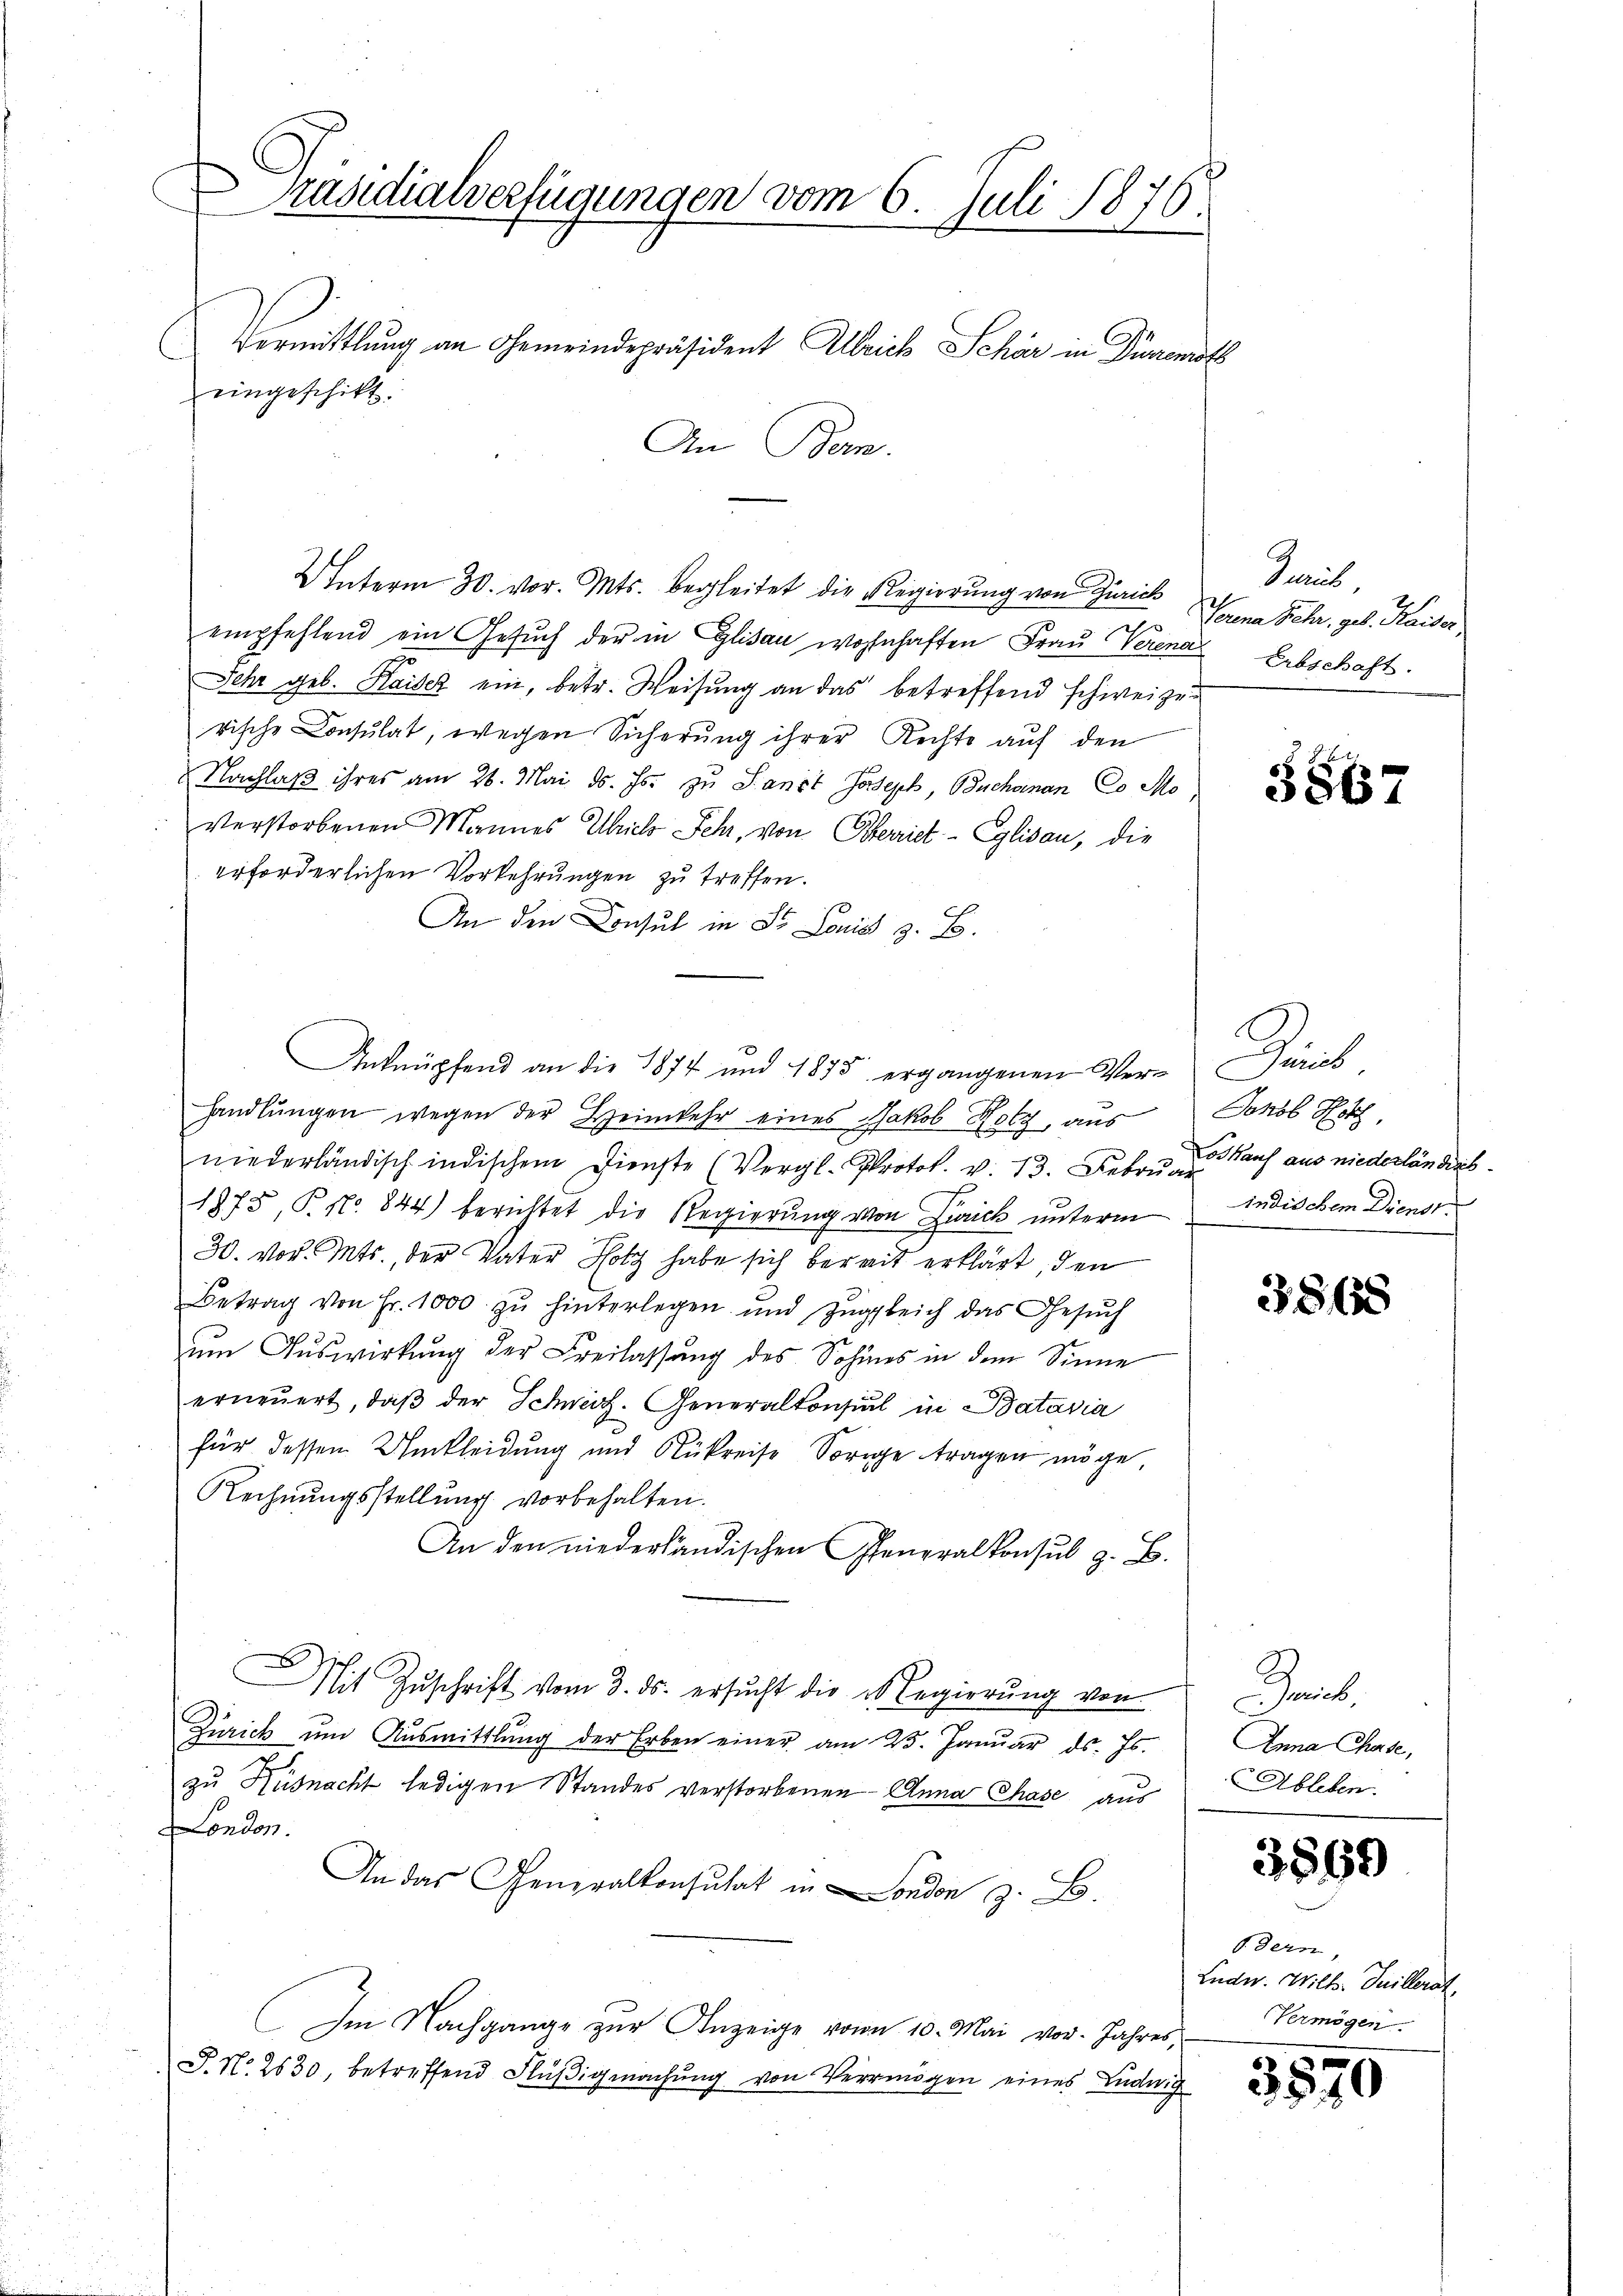
räsidialverfügungen vom 6. Juli 1876.
Vermittlung an Gemeindepräsident Albrich Schär in Dürrenitz
.
eingeschikt.
An Bern.

U Interm 30. vor. Mts. begleitet die Regierung von Zürich
empfehlend ein Gesuch der in Glisau wohnhaften Frau Verena
Sehr geb. Kaiser ein, betr. Weisung an das betreffend schweize
rische Consulat, wegen Sicherung ihrer Rechte auf den
Nachlaß ihres am 26. Mai d. Js. zu Sanct Joseph, Buchenan Co Sto
verstorbenen Mannes Ulrichs Fehr, von Oberriet - Eglisau, die
erforderlichen Vorkehrungen zu treffen.
An den Consul in St. Louis z. B.
C
handlungen wegen der Heimkehr eines Jakob Rotz, aus
niederländisch indischem Dienste (Vergl. Protok. v. 13. Leben u. auf aus niederländiss
1875, P. Nr. 844) berichtet die Regierung von Zürich unterm indischem Dienst
30. vor. Mts., der Vater Hotz habe sich bereit erklärt, den
Betrag von Fr. 1000 zŭ hinterlegen und zŭgleich das Gesŭch
um Auswirkung der Freilassung des Sohnes in dem Sinne
erneŭert, daβ der Schweiz. Generalkonsul in Batavia
für dessen Umkleidung und Rükreise Sorge tragen möge,
Rechnungsstellung vorbehalten.
An den niederländischen Generalkonsul z. B.
Mit Zuschrift vom 3. ds. ersucht die es Regierung von
Zürich um Ausmittlung der Erben einer am 25. Januar ds. Js.
zu Küsnacht ledigen Standes verstorbenen Anna Chase aus
London.
An das Generalkonsulat in London z. B.
Im Nachgange zŭr Anzeige von 10. Mai vor. Jahres,
P. N. 2530, betreffend Flüßigmachung von Vermögen eines Ludwig

Anknüpfend an die 1874 und 1875 ergangenen Ver¬

Preis
Sonna Zecher, geb. Kaiser
Erbschaft.

5867

Das
Johob Hotz,

386

Geil
Anna Chase,
Ableben.

3869

dern,
Lude. Will Juillerat
Vermögen

3570